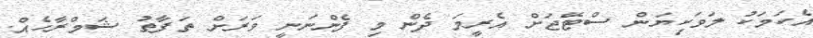
އެކަމަކު ލަވަކިޔަން ސްޓޭޖަށް އެރީމަ ދެން މި ފެންނަނީ ވަރަށް ތަފާތު ޝަމްރާހެއް.